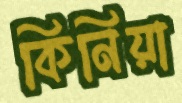
কিনিয়া